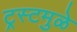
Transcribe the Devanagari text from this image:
ट्रस्टमुळे